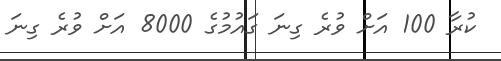
ކުރާ 100 އަށް ވުރެ ގިނަ ގައުމުގެ 8000 އަށް ވުރެ ގިނަ